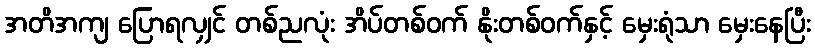
အတိအကျ ပြောရလျှင် တစ်ညလုံး အိပ်တစ်ဝက် နိုးတစ်ဝက်နှင့် မှေးရုံသာ မှေးနေပြီး